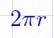
2\pi r